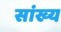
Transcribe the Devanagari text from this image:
सांख्‍य